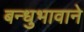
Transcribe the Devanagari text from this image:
बन्धुभावाने